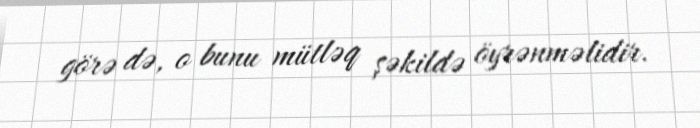
görə də, o bunu mütləq şəkildə öyrənməlidir.